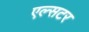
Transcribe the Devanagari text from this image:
एल्सटर